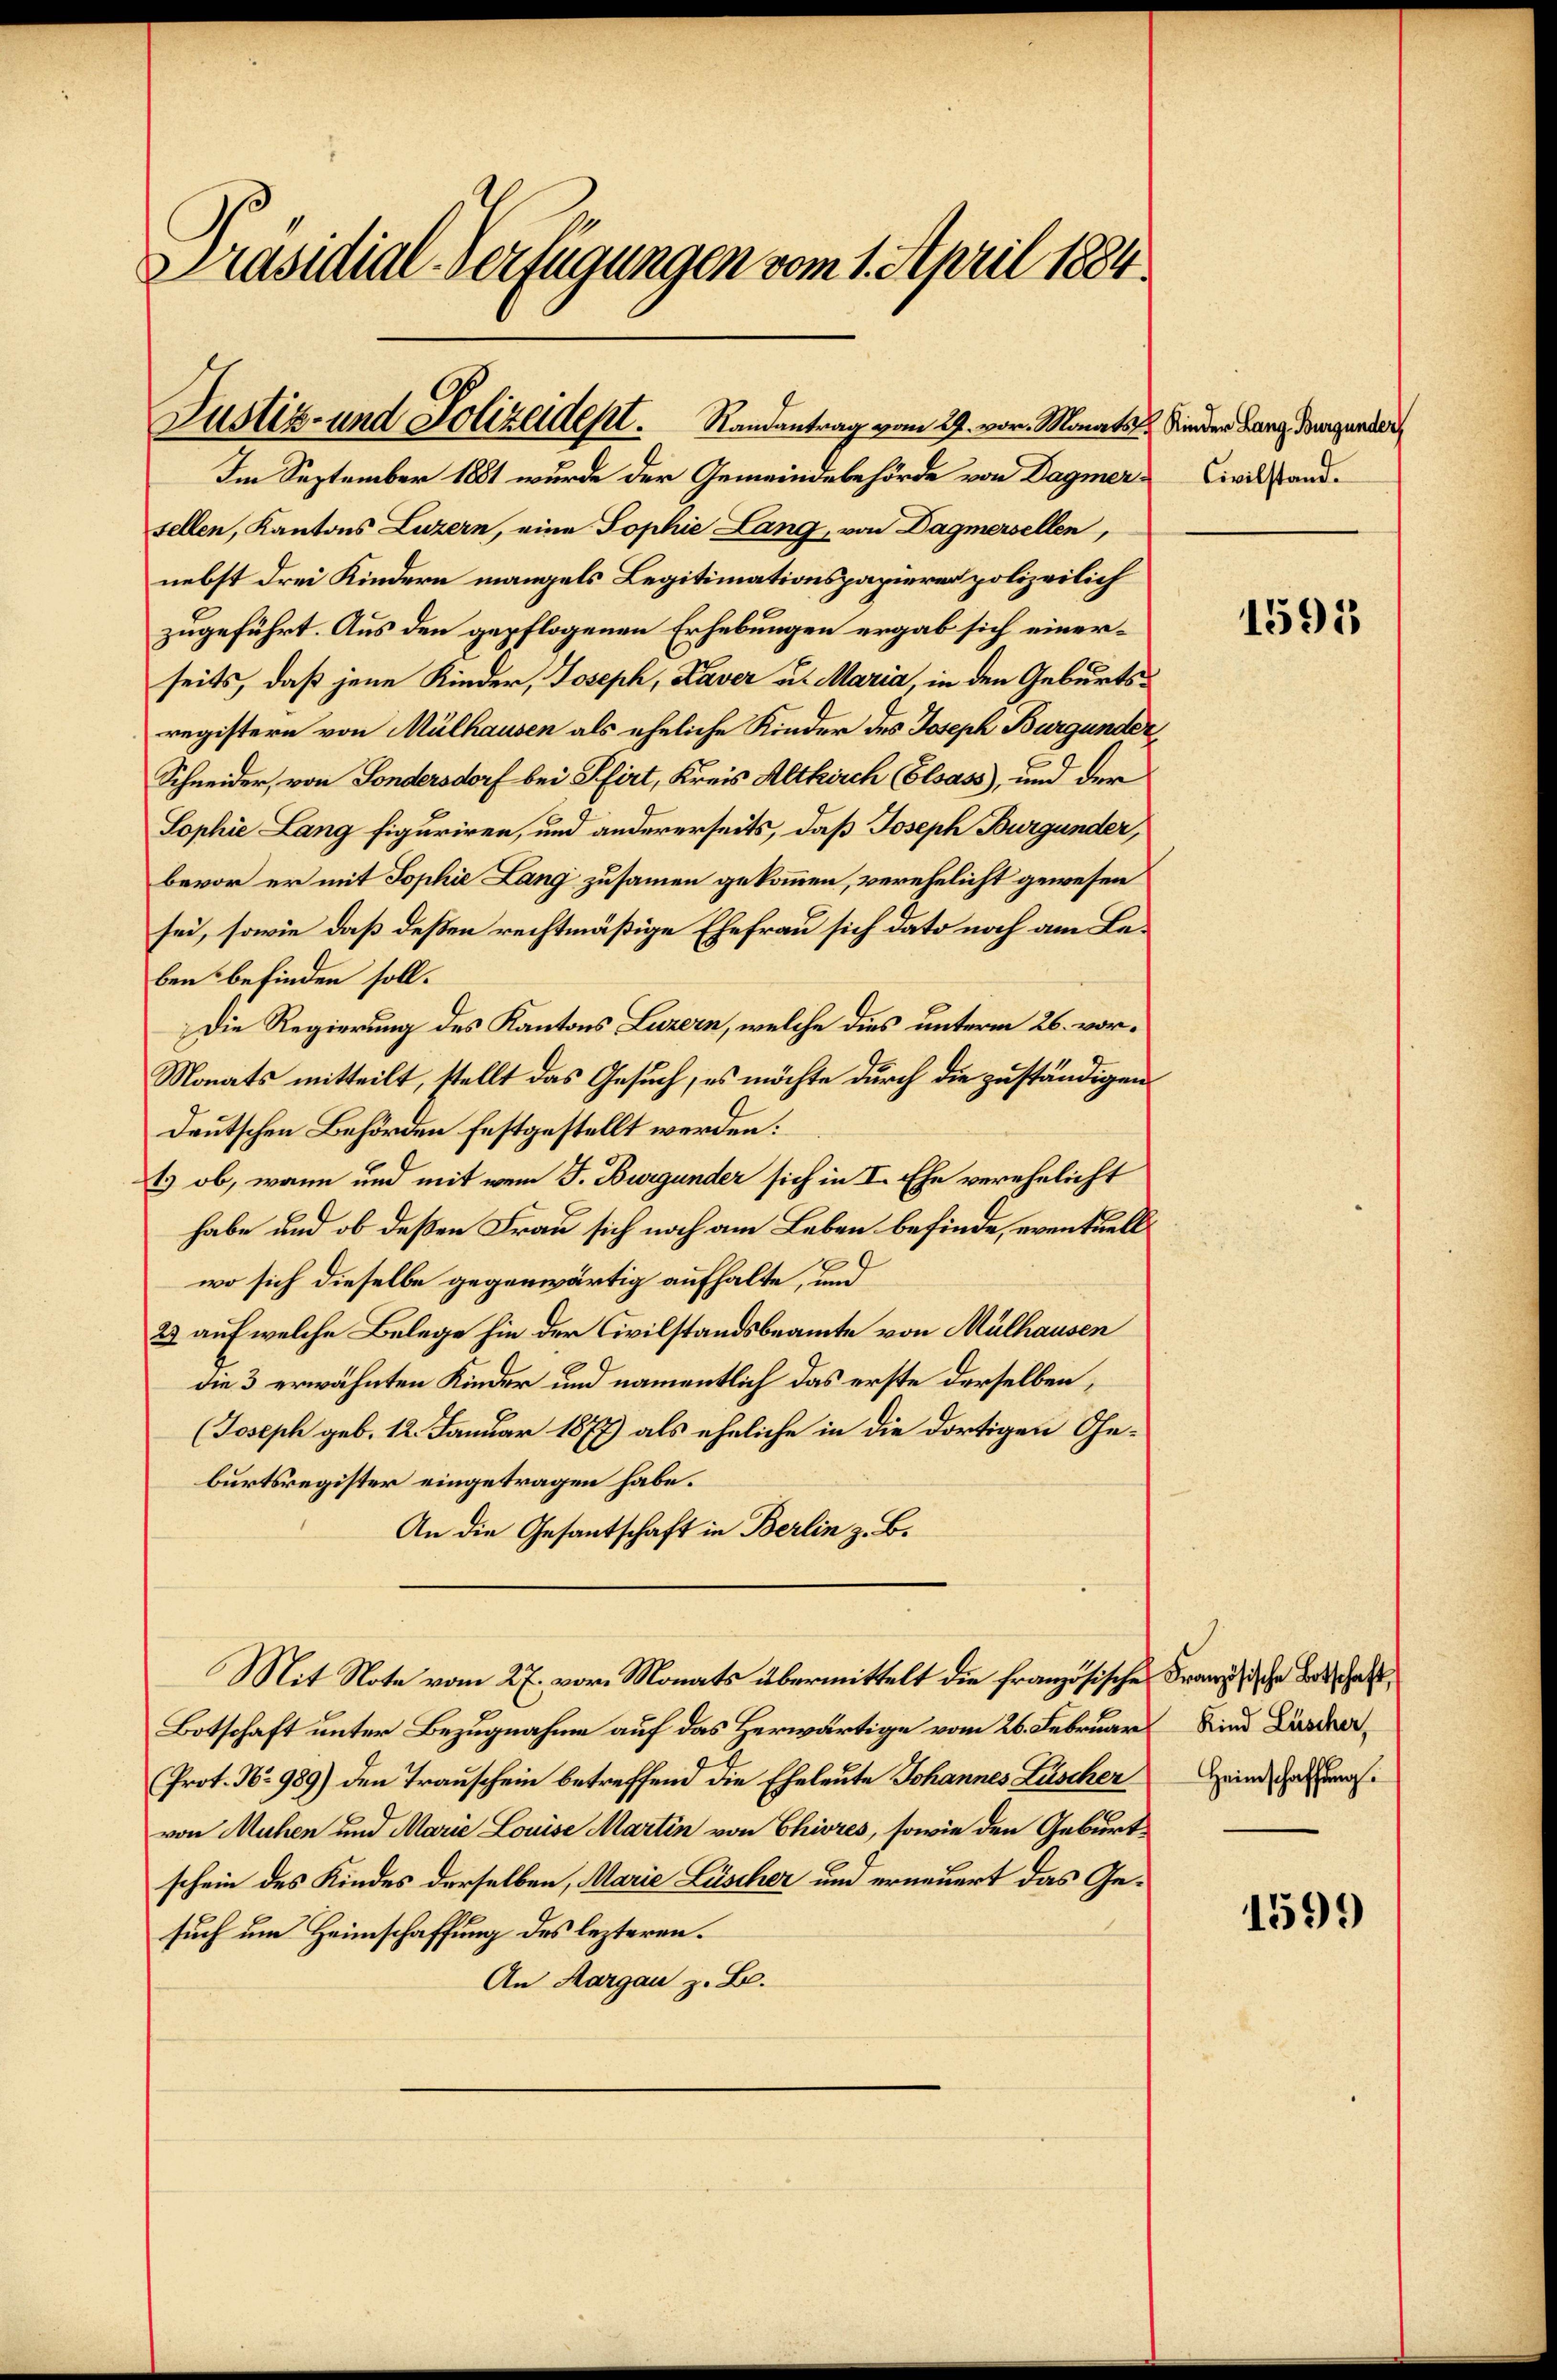
Präsidial-Verfügungen vom 1. April 1884

Justiz- und Polizeident.      Randantrag vom 29. vor. Monats u. Kinder Lang dingunder

Im September 1881 wurde der Gemeindebehörde von Dagmersellen, Kantons Luzern, eine Sophie Lang, von Dagmersellen,
nebst drei Kindern mangels Legitimationspapierer polizeilich
zugeführt. Aus den gepflogenen Erhebungen ergab sich einerseits, daß jene Kinder, Joseph, Kaver u. Maria, in den Geburtsregistern von Mülhausen als eheliche Kinder des Joseph Burgunder
Schneider, von Sondersdorf bei Pfirt, Kreis Altkirch (Elsass, und der
Sophie Lang figuriren, und andererseits, daß Joseph Burgunder,
bevor er mit Sophie Lang zusammen gekommen, verehelicht gewesen
sei, sowie daß deßen rechtmäßige Ehefrau sich dato noch am Beben befinden soll.
Die Regierung des Kantons Luzern, welche dies unterm 26. vor¬
Monats mitteilt, stellt das Gesuch, es möchte durch die zuständigen
deutschen Behörden festgestellt werden:
t ob, wann und mit wenn J. Burgunder sich in I. Ehe verehelicht
habe und ob deßen Frau sich noch am Leben befinde, eventuell
wo sich dieselbe gegenwärtig aufhalte, und
23 auf welche Belege hin der Civilstandsbeamte von Mülhausen
die 3 erwähnten Kinder und namentlich das erste derselben,
(Joseph geb. 12. Januar 1877) als eheliche in die dortigen Geburtsregister eingetragen habe.
An die Gesantschaft in Berlin z. B.
Mit Note vom 27. vor. Monats übermittelt die französisches Französische Beschaft
Botschaft unter Bezugnahme auf das Herwärtige vom 26. Februar Kind Lüscher,
Prot. No 989) den Trauschein betreffend die Eheleute Johannes Lüscher
von Mühen und Marie Louise Martin von Chivres, sowie den Geburt
schein des Kindes derselben, Marie Lüscher und erneuert das Gesuch um Heimschaffung des lezteren.
An Margau z. B.

Civilstand.

1595

Heimschaffung.

1599